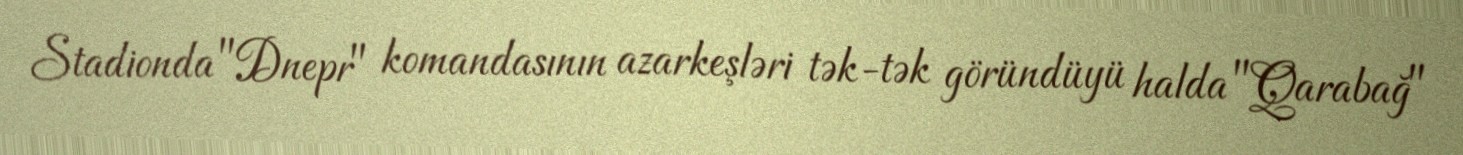
Stadionda "Dnepr" komandasının azarkeşləri tək-tək göründüyü halda "Qarabağ"